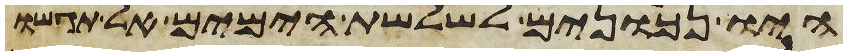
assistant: היו נכונים לשלשת הימים אל תגשו